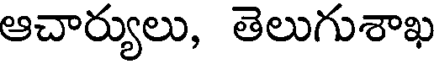
ఆచార్యులు, తెలుగుశాఖ